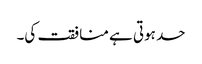
حد ہوتی ہے منافقت کی۔